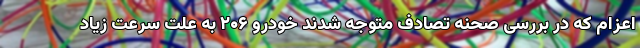
اعزام که در بررسی صحنه تصادف متوجه شدند خودرو ۲۰۶ به علت سرعت زیاد